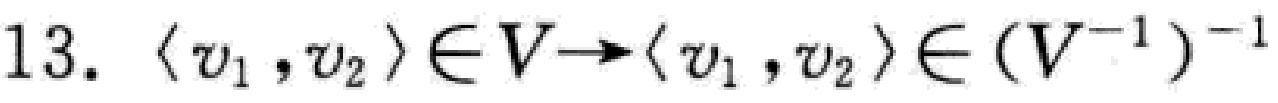
13. $\langle v_1 ,v_2 \rangle\in V\rightarrow\langle v_1 ,v_2 \rangle\in (V^{-1})^{-1}$